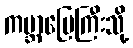
ကမ္ဘာမြေကြီးသို့